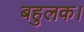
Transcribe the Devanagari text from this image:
बहुलक।